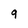
Character: 9